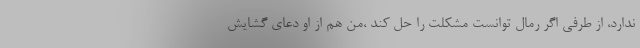
ندارد، از طرفی اگر رمال توانست مشکلت را حل کند ،من هم از او دعای گشایش